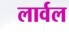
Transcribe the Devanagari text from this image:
लार्वल